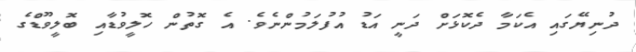
ދުނިޔޭގައި އެކަމާ ދެކޮޅަށް ދަނީ އަޑު އުފުލަމުންނެވެ. އެ ގޮތުން ހޮލީވުޑާއި ބޮލީވޫޑްގެ